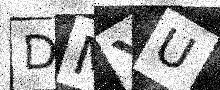
Text: DMYU